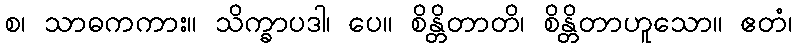
စ၊ သာဓကကား။ သိက္ခာပဒါ၊ ပေ။ စိန္တိတာတိ၊ စိန္တိတာဟူသော။ ဧတံ၊